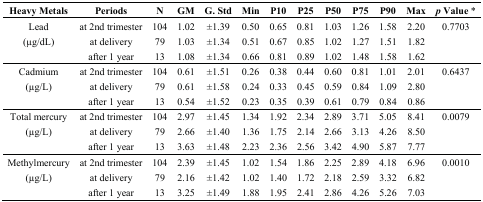
<table><thead><tr><td><b>Heavy Metals</b></td><td><b>Periods</b></td><td><b>N</b></td><td><b>GM</b></td><td><b>G. Std</b></td><td><b>Min</b></td><td><b>P10</b></td><td><b>P25</b></td><td><b>P50</b></td><td><b>P75</b></td><td><b>P90</b></td><td><b>Max</b></td><td><b><i>p</i> Value *</b></td></tr></thead><tbody><tr><td>Lead</td><td>at 2nd trimester</td><td>104</td><td>1.02</td><td>±1.39</td><td>0.50</td><td>0.65</td><td>0.81</td><td>1.03</td><td>1.26</td><td>1.58</td><td>2.20</td><td>0.7703</td></tr><tr><td>(μg/dL)</td><td>at delivery</td><td>79</td><td>1.03</td><td>±1.34</td><td>0.51</td><td>0.67</td><td>0.85</td><td>1.02</td><td>1.27</td><td>1.51</td><td>1.82</td><td></td></tr><tr><td></td><td>after 1 year</td><td>13</td><td>1.08</td><td>±1.34</td><td>0.66</td><td>0.81</td><td>0.89</td><td>1.02</td><td>1.48</td><td>1.58</td><td>1.62</td><td></td></tr><tr><td>Cadmium</td><td>at 2nd trimester</td><td>104</td><td>0.61</td><td>±1.51</td><td>0.26</td><td>0.38</td><td>0.44</td><td>0.60</td><td>0.81</td><td>1.01</td><td>2.01</td><td>0.6437</td></tr><tr><td>(μg/L)</td><td>at delivery</td><td>79</td><td>0.61</td><td>±1.58</td><td>0.24</td><td>0.33</td><td>0.45</td><td>0.59</td><td>0.84</td><td>1.09</td><td>2.80</td><td></td></tr><tr><td></td><td>after 1 year</td><td>13</td><td>0.54</td><td>±1.52</td><td>0.23</td><td>0.35</td><td>0.39</td><td>0.61</td><td>0.79</td><td>0.84</td><td>0.86</td><td></td></tr><tr><td>Total mercury</td><td>at 2nd trimester</td><td>104</td><td>2.97</td><td>±1.45</td><td>1.34</td><td>1.92</td><td>2.34</td><td>2.89</td><td>3.71</td><td>5.05</td><td>8.41</td><td>0.0079</td></tr><tr><td>(μg/L)</td><td>at delivery</td><td>79</td><td>2.66</td><td>±1.40</td><td>1.36</td><td>1.75</td><td>2.14</td><td>2.66</td><td>3.13</td><td>4.26</td><td>8.50</td><td></td></tr><tr><td></td><td>after 1 year</td><td>13</td><td>3.63</td><td>±1.48</td><td>2.23</td><td>2.36</td><td>2.56</td><td>3.42</td><td>4.90</td><td>5.87</td><td>7.77</td><td></td></tr><tr><td>Methylmercury</td><td>at 2nd trimester</td><td>104</td><td>2.39</td><td>±1.45</td><td>1.02</td><td>1.54</td><td>1.86</td><td>2.25</td><td>2.89</td><td>4.18</td><td>6.96</td><td>0.0010</td></tr><tr><td>(μg/L)</td><td>at delivery</td><td>79</td><td>2.16</td><td>±1.42</td><td>1.02</td><td>1.40</td><td>1.72</td><td>2.18</td><td>2.59</td><td>3.32</td><td>6.82</td><td></td></tr><tr><td></td><td>after 1 year</td><td>13</td><td>3.25</td><td>±1.49</td><td>1.88</td><td>1.95</td><td>2.41</td><td>2.86</td><td>4.26</td><td>5.26</td><td>7.03</td><td></td></tr></tbody></table>